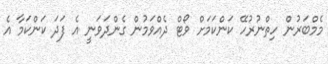
މެމްބަރުން ހިތްނުރުހޭ ކަންކަމަށް ވޯޓް ދެއްވަމުން ގެންދަވަނީ އެ ފަދަ ކަންކަމާ އެ